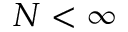
N < \infty